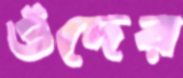
ওঁদের